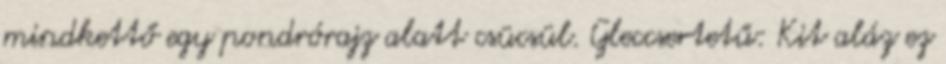
mindkettő egy pondrórajz alatt csücsül. Gleccsertetű: Kit aláz ez